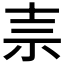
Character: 𰧭